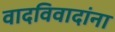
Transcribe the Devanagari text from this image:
वादविवादांना